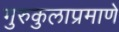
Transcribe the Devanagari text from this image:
गुरुकुलाप्रमाणे